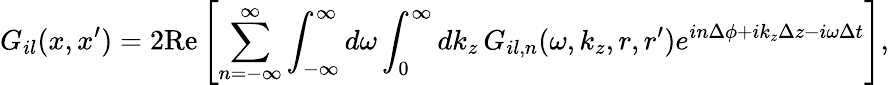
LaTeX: G_{il}(x,x^{\prime})=2\mathrm{Re}\left[\sum_{n=-\infty}^{\infty}\int_{-\infty}^{\infty}d\omega\int_{0}^{\infty}dk_{z}\, G_{il,n}(\omega,k_{z},r,r^{\prime})e^{in\Delta\phi+ik_{z}\Delta z-i\omega\Delta t}\right],